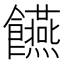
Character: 𮩘